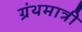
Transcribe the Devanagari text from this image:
ग्रंथमात्री